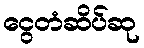
ငွေတံဆိပ်ဆု